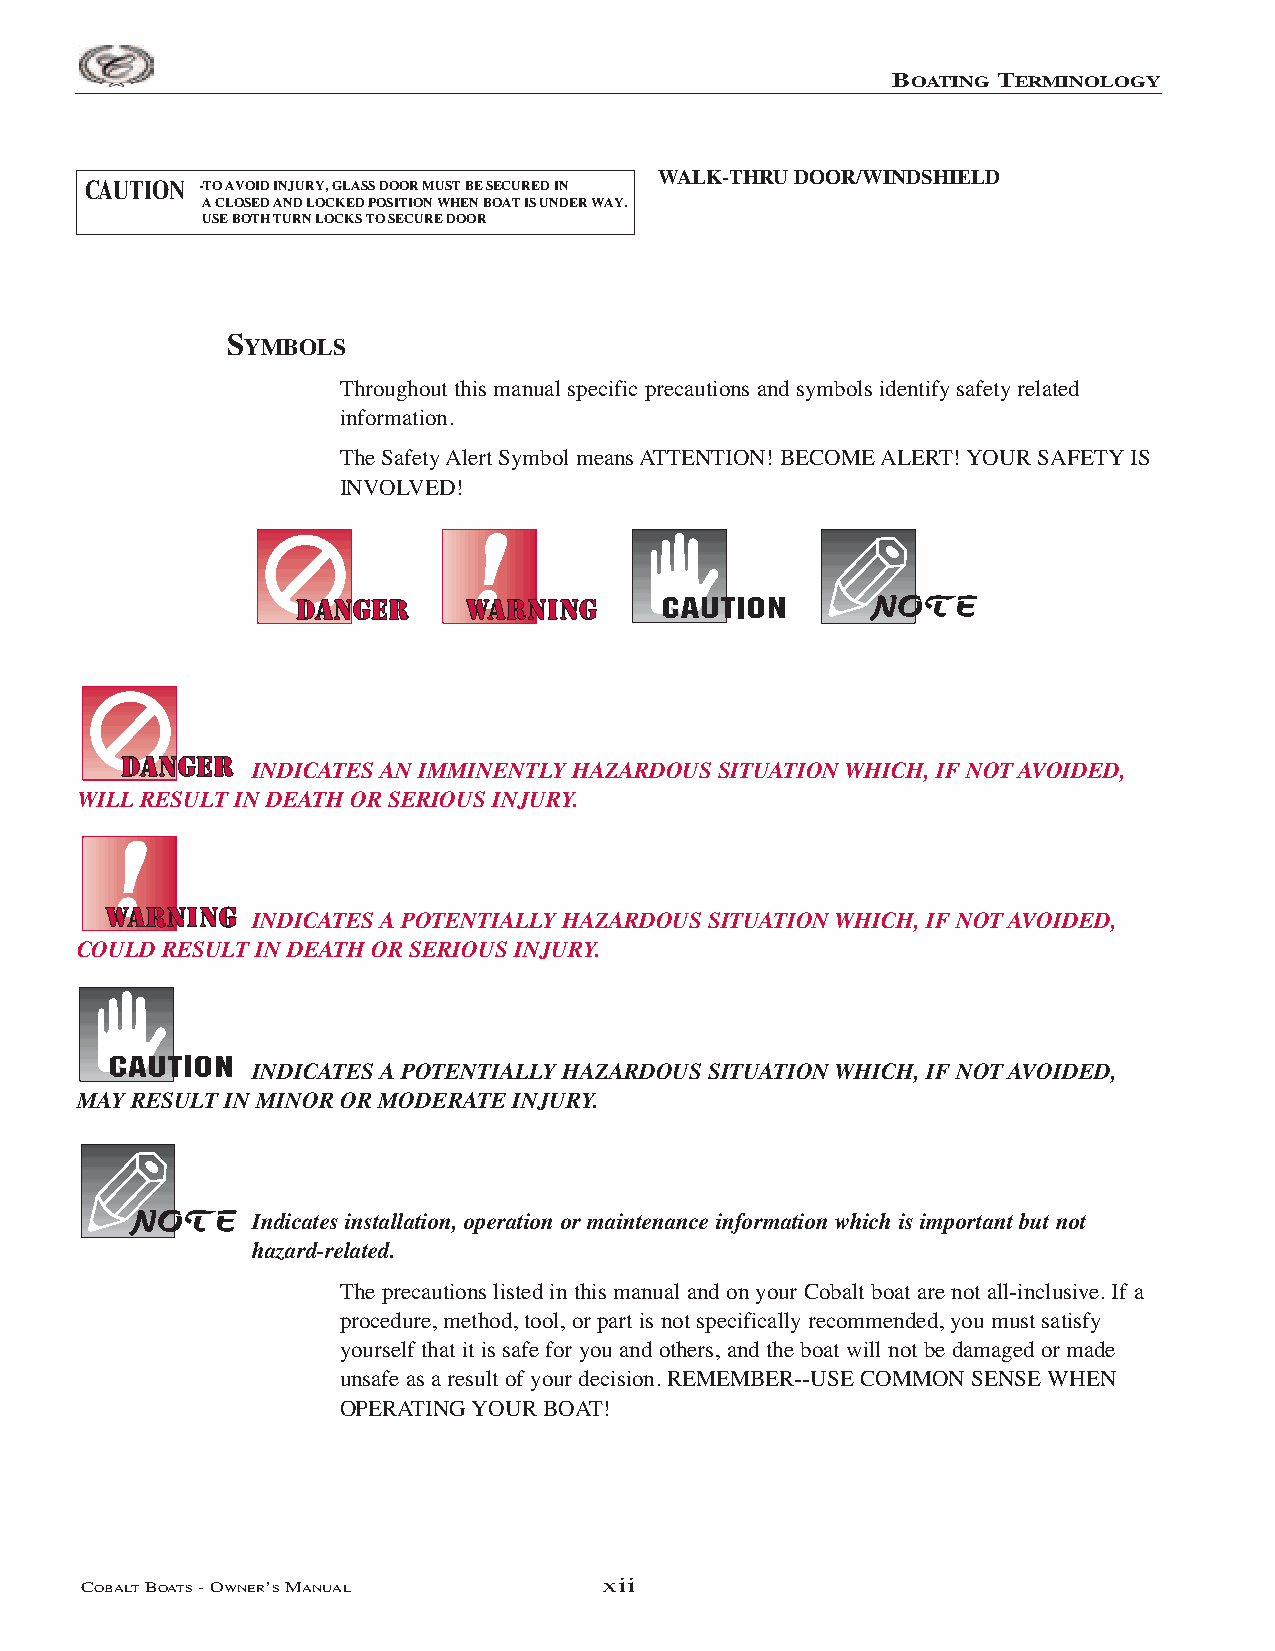
BOATING TERMINOLOGY
 WALK-THRU DOOR/WINDSHIELD
 CAUTION -TO AVOID INJURY, GLASS DOOR MUST BE SECURED IN
 A CLOSED AND LOCKED POSITION WHEN BOAT IS UNDER WAY.
 USE BOTH TURN LOCKS TO SECURE DOOR
 SYMBOLS
 Throughout this manual specific precautions and symbols identify safety related
 information.
 The Safety Alert Symbol means ATTENTION! BECOME ALERT! YOUR SAFETYIS
 INVOLVED!
 INDICATES AN IMMINENTLY HAZARDOUS SITUATION WHICH, IF NOT AVOIDED,
 WILL RESULT IN DEATH OR SERIOUS INJURY.
 INDICATES A POTENTIALLY HAZARDOUS SITUATION WHICH, IF NOT AVOIDED,
 COULD RESULT IN DEATH OR SERIOUS INJURY.
 INDICATES A POTENTIALLY HAZARDOUS SITUATION WHICH, IF NOT AVOIDED,
 MAY RESULT IN MINOR OR MODERATE INJURY.
 Indicates installation, operation or maintenance information which is important but not
 hazard-related.
 The precautions listed in this manual and on your Cobalt boat are not all-inclusive. If a
 procedure, method, tool, or part is not specifically recommended, you must satisfy
 yourself that it is safe for you and others, and the boat will not be damaged or made
 unsafe as a result of your decision. REMEMBER--USE COMMON SENSE WHEN
 OPERATING YOUR BOAT!
 COBALTBOATS- OWNER’SMANUAL         xii